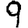
Digit: 9